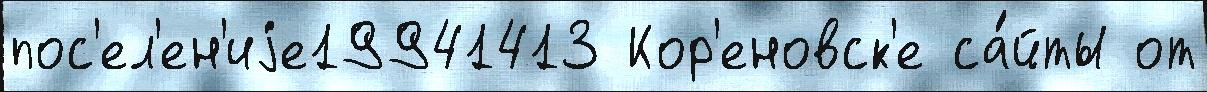
пос'ел'ен'иjе19941413 Кор'еновск'е са́йты от